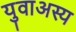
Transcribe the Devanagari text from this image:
युवाअस्य